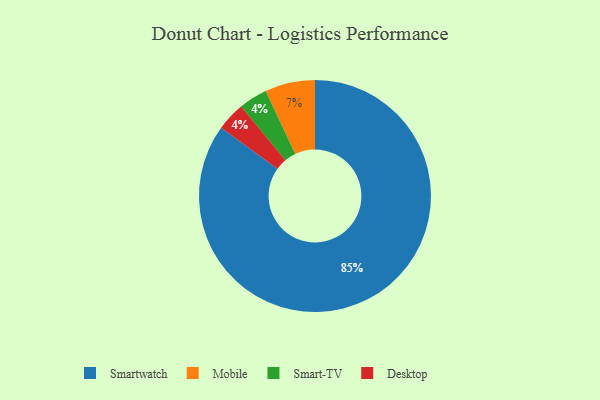
{"axis": {"x": "Category", "y": "Percentage"}, "legend": ["Desktop", "Mobile", "Smart-TV", "Smartwatch"], "data": [{"x": "Smartwatch", "y": 85, "type": "Smartwatch"}, {"x": "Mobile", "y": 7, "type": "Mobile"}, {"x": "Smart-TV", "y": 4, "type": "Smart-TV"}, {"x": "Desktop", "y": 4, "type": "Desktop"}]}